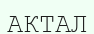
АКТАЛ